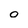
Character: 0